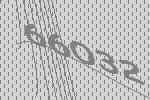
66032